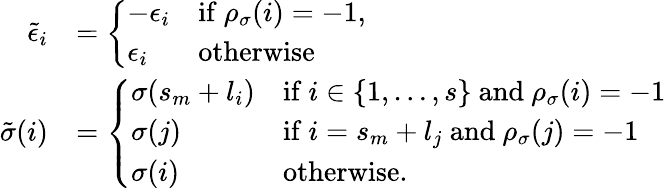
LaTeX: \begin{array}{rl}{\tilde{\epsilon}_{i}}&{=\left\{ \begin{array}{ll}{-\epsilon_{i}}&{\mathrm{if~}\rho_{\sigma}(i)=-1,}\\ {\epsilon_{i}}&{\mathrm{otherwise}}\end{array}\right.}\\ {\tilde{\sigma}(i)}&{=\left\{ \begin{array}{ll}{\sigma(s_{m}+l_{i})}&{\mathrm{if~}i\in\{ 1,\dots,s\} \mathrm{~and~}\rho_{\sigma}(i)=-1}\\ {\sigma(j)}&{\mathrm{if~}i=s_{m}+l_{j}\mathrm{~and~}\rho_{\sigma}(j)=-1}\\ {\sigma(i)}&{\mathrm{otherwise}.}\end{array}\right.}\end{array}